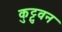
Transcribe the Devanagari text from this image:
कुट्टुवन